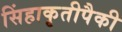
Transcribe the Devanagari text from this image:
सिंहाकृतीपैकी